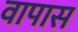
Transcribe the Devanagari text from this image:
वापास